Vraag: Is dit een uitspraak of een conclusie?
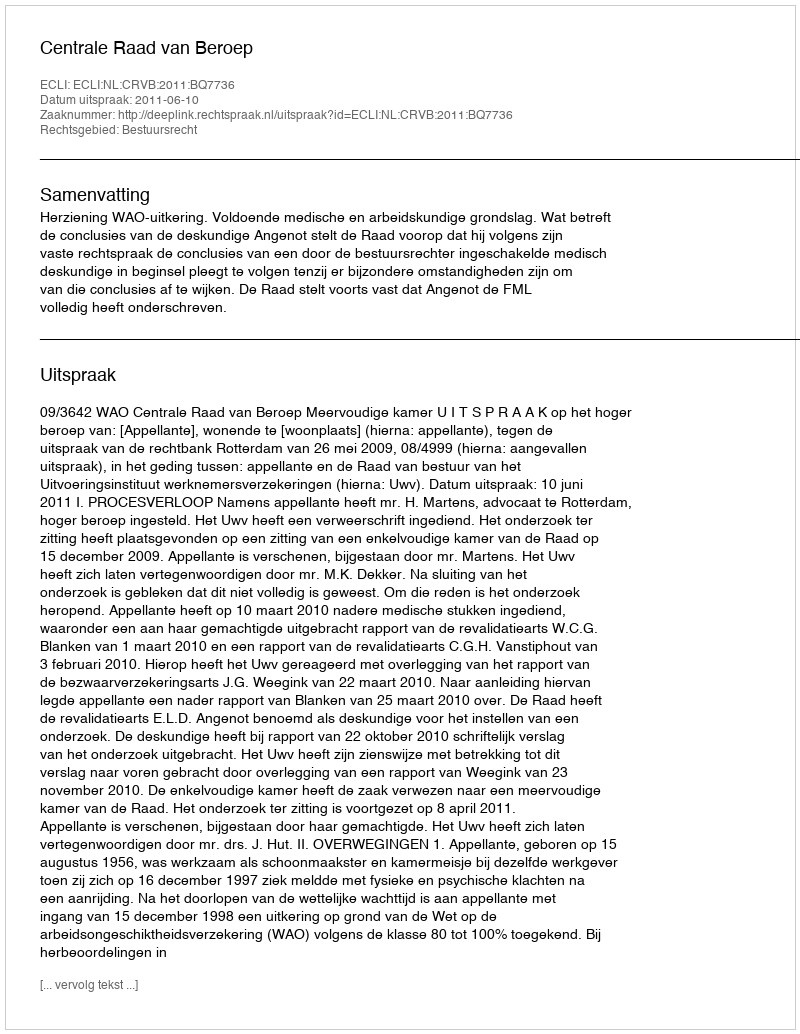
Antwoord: Uitspraak